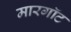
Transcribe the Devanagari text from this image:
मारगॉट